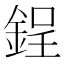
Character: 鋥